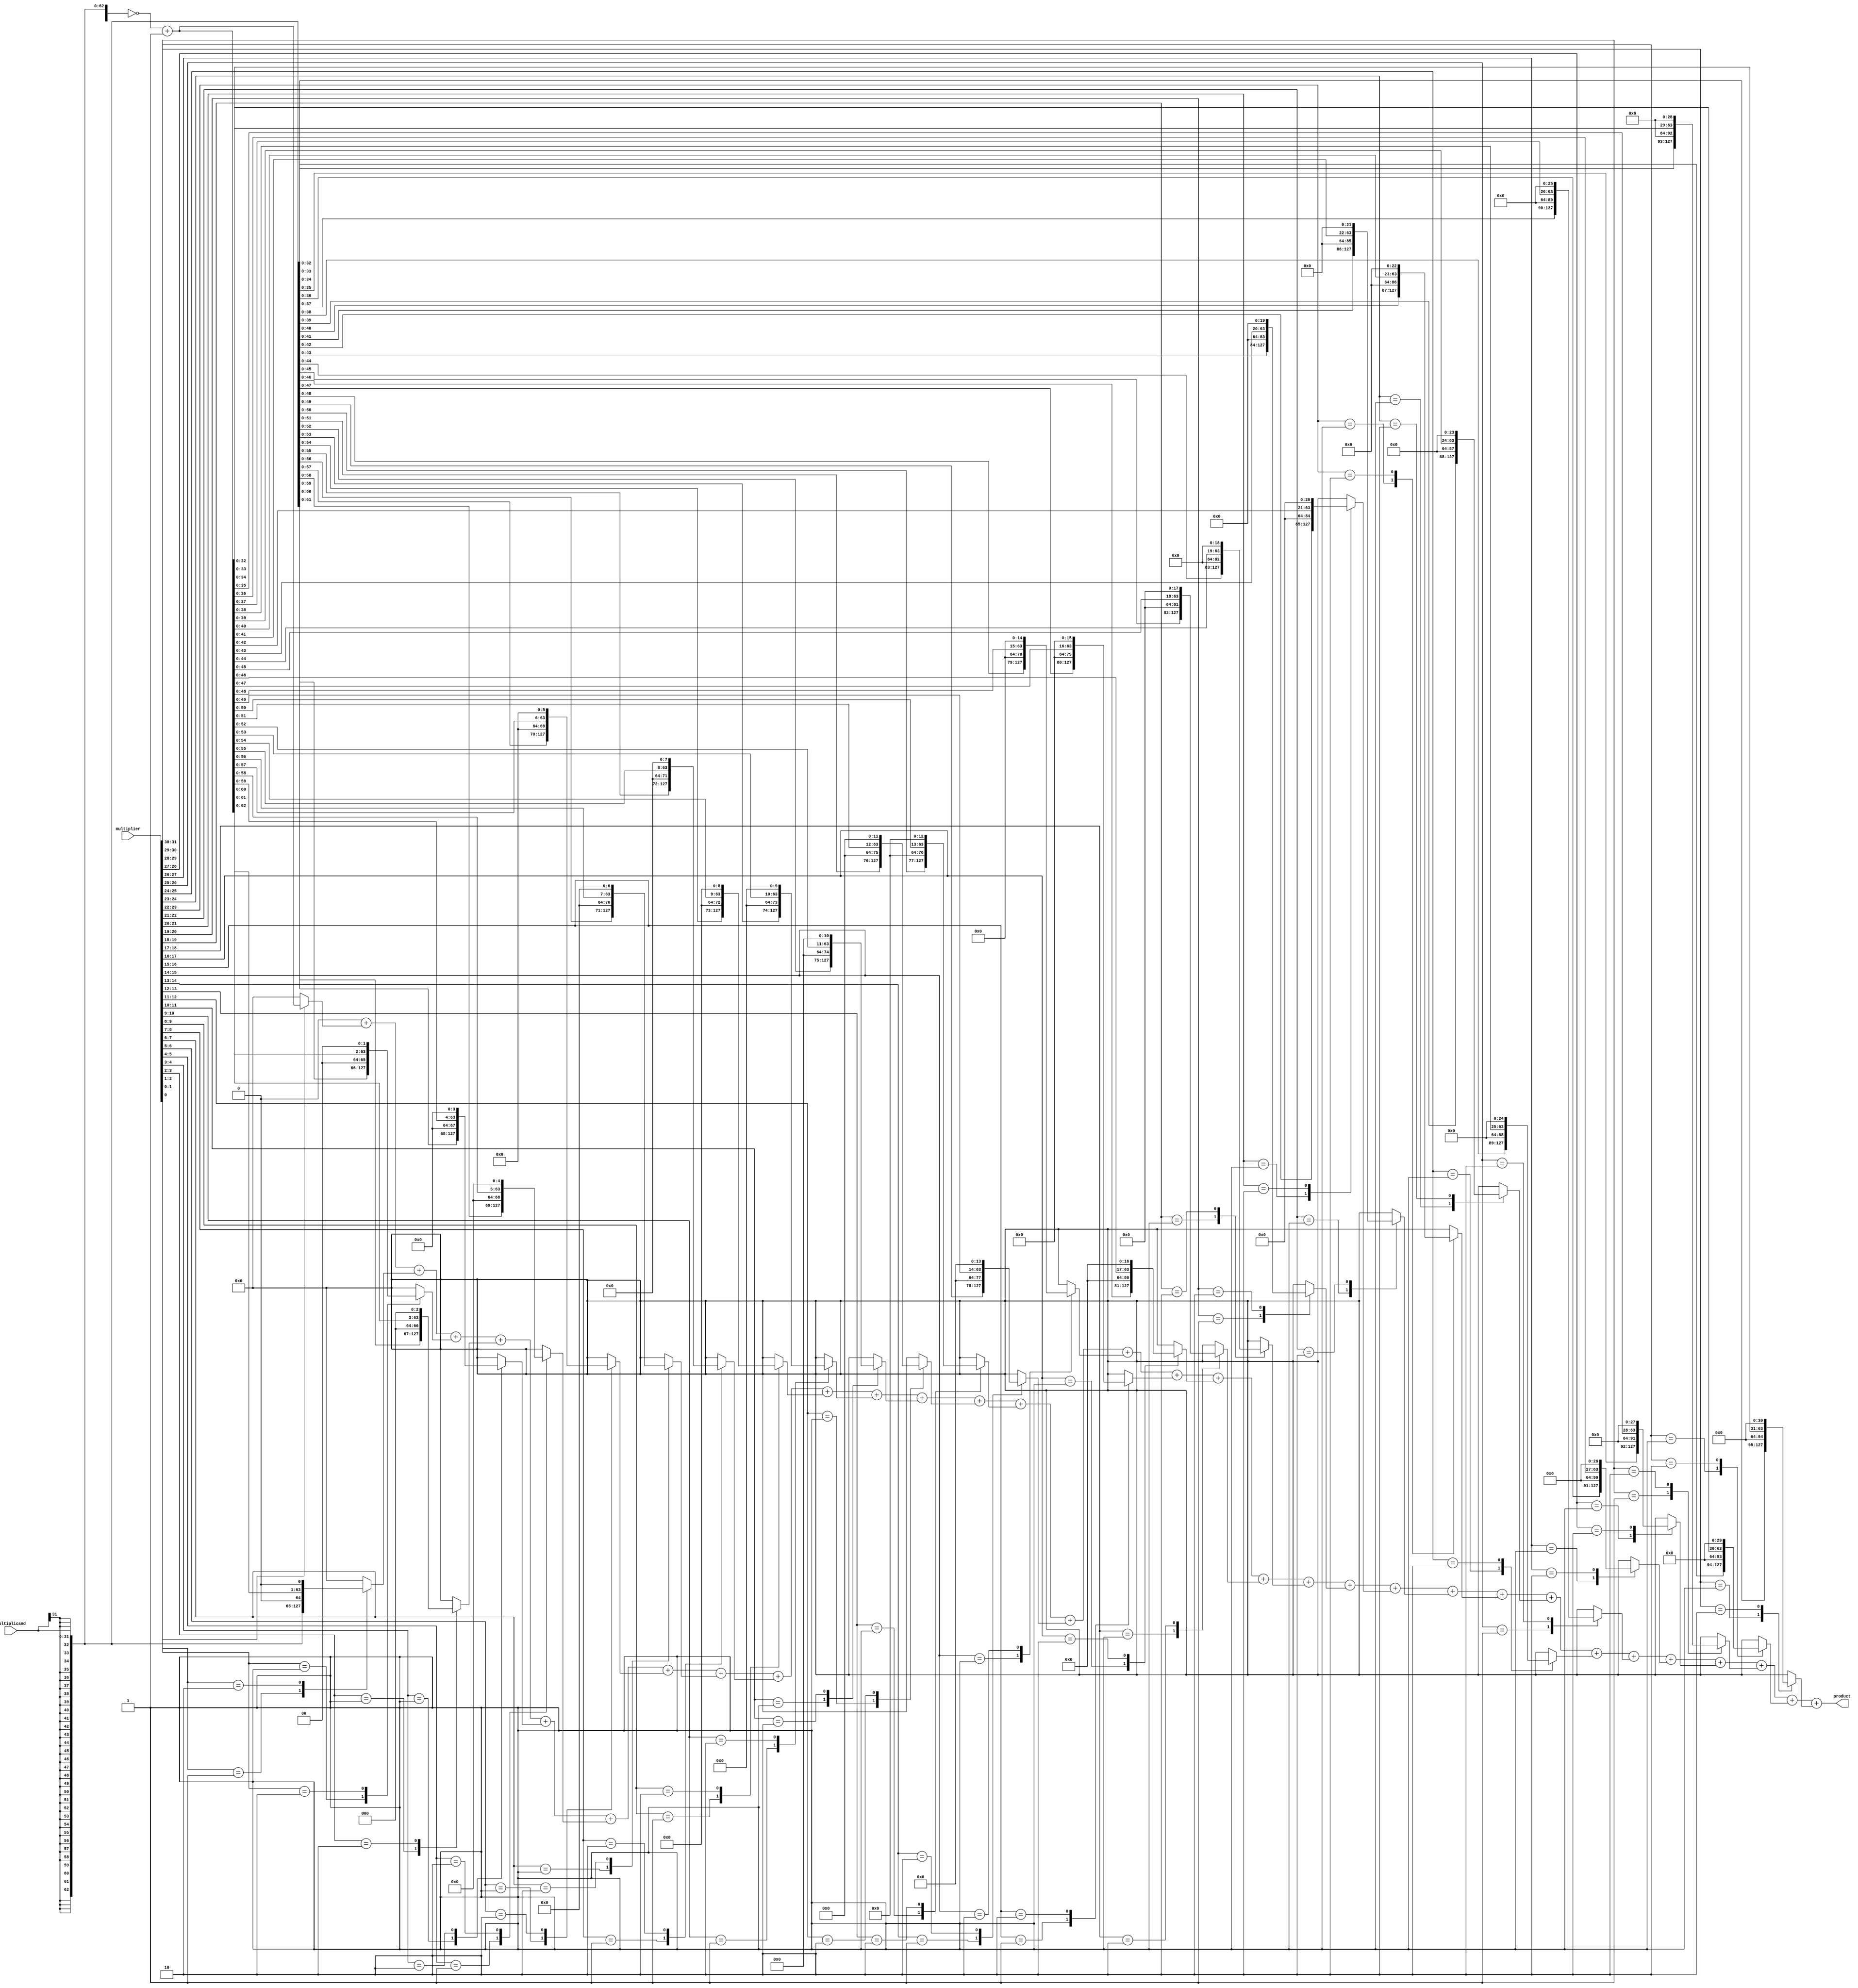
module booth_mul_combinational #(parameter DATA_WIDTH = 32)(
    input wire [DATA_WIDTH-1:0] multiplicand,
    input wire [DATA_WIDTH-1:0] multiplier,
    output reg [2*DATA_WIDTH-1:0] product
);

    reg [DATA_WIDTH-1:0] Q; // For the multiplier
    reg [2*DATA_WIDTH-1:0] M, M_neg; // For correct sign extension
    reg [2*DATA_WIDTH-1:0] partial_product[DATA_WIDTH:0]; // For partial products

    // Loop to initialize each partial product
    integer i; 
    reg bit0, bit1; 

    always @* begin
        M = {{DATA_WIDTH{multiplicand[DATA_WIDTH-1]}}, multiplicand}; // Sign-extend multiplicand
        M_neg = ~M + 1'b1; // Two's complement
        Q = multiplier; // Prepending a 0 for Booth's algorithm

        product = 0; // Reset product

        for(i = 0; i < DATA_WIDTH; i = i + 1) begin
            if(i == 0) bit0 = 1'b0; // For the LSB, the bit below is considered 0
            else bit0 = Q[i-1]; // Use the actual bit for other cases
            bit1 = Q[i]; // Current bit being examined

            case({bit1, bit0})
                2'b01: partial_product[i] = M << i;
                2'b10: partial_product[i] = M_neg << i;
                default: partial_product[i] = 0;
            endcase
        end

        // Accumulate partial products
        for(i = 0; i < DATA_WIDTH; i = i + 1) begin
            product = product + partial_product[i];
        end
    end

endmodule